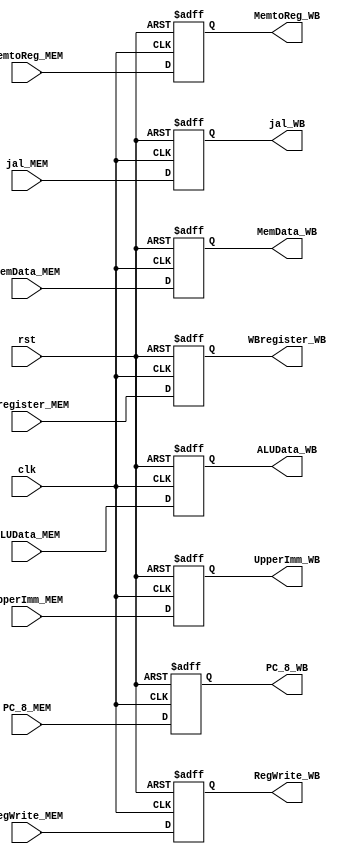
module MEM_WB(
	clk,
	rst,
	RegWrite_MEM,	
	MemtoReg_MEM,	
	MemData_MEM,
	ALUData_MEM,
	UpperImm_MEM,
	WBregister_MEM,
	jal_MEM,
	PC_8_MEM,
	RegWrite_WB,	
	MemtoReg_WB,	
	MemData_WB,
	ALUData_WB,
	UpperImm_WB,
	WBregister_WB,
	jal_WB,
	PC_8_WB
);

input clk;
input rst;
input RegWrite_MEM;
input [1:0] MemtoReg_MEM;
input [31:0] MemData_MEM;
input [31:0] ALUData_MEM;
input [31:0] UpperImm_MEM;
input [4:0] WBregister_MEM;
input jal_MEM;
input [31:0] PC_8_MEM;

output RegWrite_WB;
output [1:0] MemtoReg_WB;
output [31:0] MemData_WB;
output [31:0] ALUData_WB;
output [31:0] UpperImm_WB;
output [4:0] WBregister_WB;
output jal_WB;
output [31:0] PC_8_WB;

reg RegWrite_WB;
reg [1:0] MemtoReg_WB;
reg [31:0] MemData_WB;
reg [31:0] UpperImm_WB;
reg [31:0] ALUData_WB;
reg [4:0] WBregister_WB;
reg jal_WB;
reg [31:0] PC_8_WB;

always @(posedge clk or negedge rst) 
begin
  if(~rst) 
  begin
	RegWrite_WB <= 1'b0;
	MemtoReg_WB <= 2'b0;	
	MemData_WB <= 32'b0;
	ALUData_WB <= 32'b0;
	UpperImm_WB <= 32'b0;
	WBregister_WB <= 5'b0;
	jal_WB <= 1'b0;
	PC_8_WB <= 32'b0;
  end
  else 
  begin
	RegWrite_WB <= RegWrite_MEM;
	MemtoReg_WB <= MemtoReg_MEM;	
	MemData_WB <= MemData_MEM;
	ALUData_WB <= ALUData_MEM;
	UpperImm_WB <= UpperImm_MEM;
	WBregister_WB <= WBregister_MEM;
	jal_WB <= jal_MEM;	
	PC_8_WB <= PC_8_MEM;
  end
end

endmodule